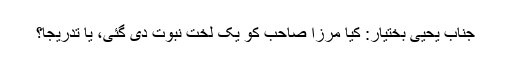
جناب یحییٰ بختیار: کیا مرزا صاحب کو یک لخت نبوّت دی گئی، یا تدریجاً؟